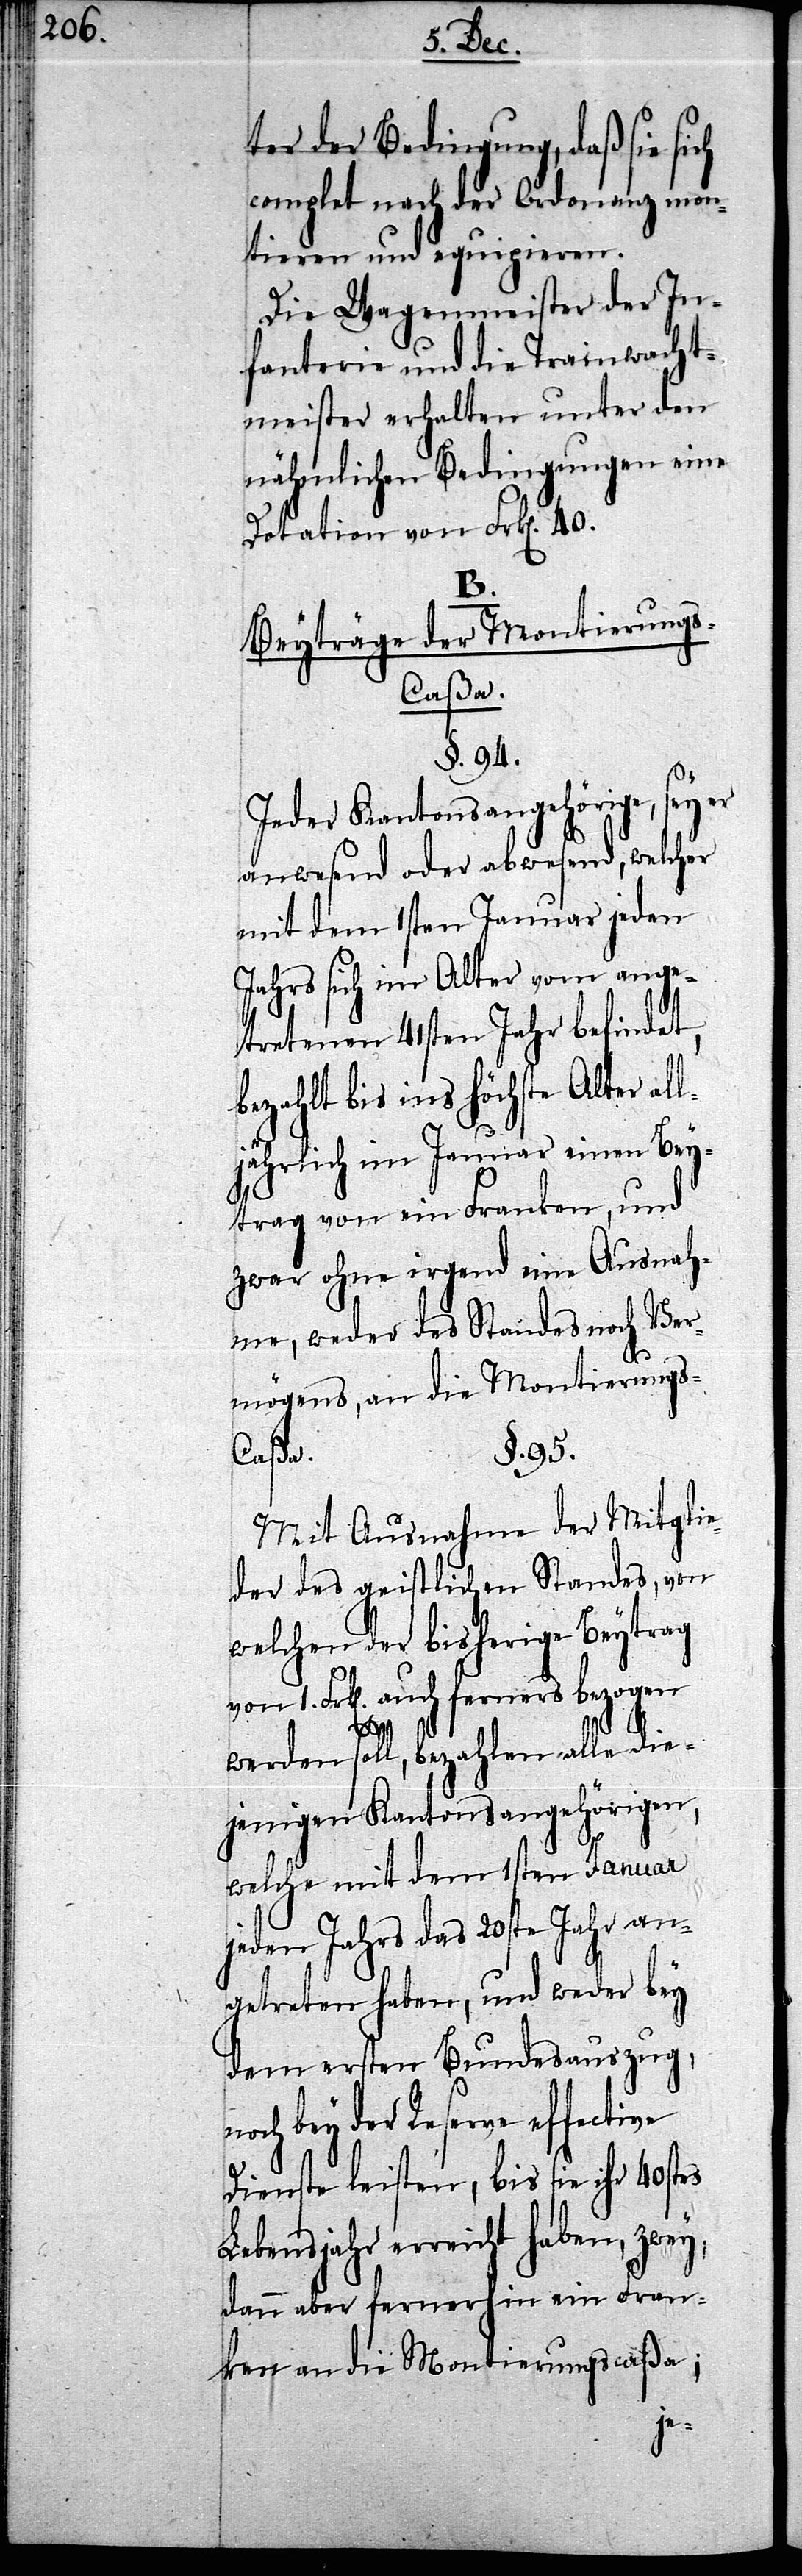
ter der Bedingung, daß sie sich
complet nach der Ordonanz mon¬
tieren und equipieren.
Die Wagenmeister der In¬
fanterie und die Trainwacht¬
meister erhalten unter den
nähmlichen Bedingungen eine
Dotation von Frk[en]. 40.
B.
Beyträge der Montierung¬
s-Caßa.
§. 94.
Jeder Kantonsangehörige, sey
anwesend oder abwesend, welcher
mit dem 1sten Januar jeden
Jahres sich im Alter vom ange¬
tretenen 41sten Jahr befindet,
bezahlt bis ins höchste Alter al¬
ljährlich im Januar einen Bey¬
trag von ein Franken, und
zwar ohne irgend eine Ausnah¬
me, weder des Standes noch Ver¬
mögens, an die Montierung¬
§. 95.
Mit Ausnahme der Mitglie¬
der des geistlichen Standes, von
welchen der bisherige Beytrag
von 1. Frk[en]. auch ferners bezogen
n¬
werden soll, bezahlen alle die¬
jenigen Kantonsangehörigen,
welche mit dem 1sten Januar
jeden Jahrs das 20ste Jahr an¬
getreten haben, und weder bey
dem ersten Bundesauszug,
och bey der Reserve effective
Dienste leisten, bis sie ihr 40stes
erreicht haben, zwey,
dann aber fernerhin ein Fran¬
ken an die Montierungscaßa;